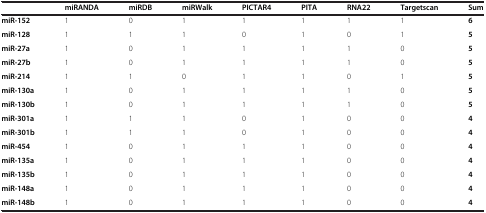
<table><thead><tr><td><b> </b></td><td><b>miRANDA</b></td><td><b>miRDB</b></td><td><b>miRWalk</b></td><td><b>PICTAR4</b></td><td><b>PITA</b></td><td><b>RNA22</b></td><td><b>Targetscan</b></td><td><b>Sum</b></td></tr></thead><tbody><tr><td><b>miR-152</b></td><td>1</td><td>0</td><td>1</td><td>1</td><td>1</td><td>1</td><td>1</td><td><b>6</b></td></tr><tr><td><b>miR-128</b></td><td>1</td><td>1</td><td>1</td><td>0</td><td>1</td><td>0</td><td>1</td><td><b>5</b></td></tr><tr><td><b>miR-27a</b></td><td>1</td><td>0</td><td>1</td><td>1</td><td>1</td><td>1</td><td>0</td><td><b>5</b></td></tr><tr><td><b>miR-27b</b></td><td>1</td><td>0</td><td>1</td><td>1</td><td>1</td><td>1</td><td>0</td><td><b>5</b></td></tr><tr><td><b>miR-214</b></td><td>1</td><td>1</td><td>0</td><td>1</td><td>1</td><td>0</td><td>1</td><td><b>5</b></td></tr><tr><td><b>miR-130a</b></td><td>1</td><td>0</td><td>1</td><td>1</td><td>1</td><td>1</td><td>0</td><td><b>5</b></td></tr><tr><td><b>miR-130b</b></td><td>1</td><td>0</td><td>1</td><td>1</td><td>1</td><td>1</td><td>0</td><td><b>5</b></td></tr><tr><td><b>miR-301a</b></td><td>1</td><td>1</td><td>1</td><td>0</td><td>1</td><td>0</td><td>0</td><td><b>4</b></td></tr><tr><td><b>miR-301b</b></td><td>1</td><td>1</td><td>1</td><td>0</td><td>1</td><td>0</td><td>0</td><td><b>4</b></td></tr><tr><td><b>miR-454</b></td><td>1</td><td>0</td><td>1</td><td>1</td><td>1</td><td>0</td><td>0</td><td><b>4</b></td></tr><tr><td><b>miR-135a</b></td><td>1</td><td>0</td><td>1</td><td>1</td><td>1</td><td>0</td><td>0</td><td><b>4</b></td></tr><tr><td><b>miR-135b</b></td><td>1</td><td>0</td><td>1</td><td>1</td><td>1</td><td>0</td><td>0</td><td><b>4</b></td></tr><tr><td><b>miR-148a</b></td><td>1</td><td>0</td><td>1</td><td>1</td><td>1</td><td>0</td><td>0</td><td><b>4</b></td></tr><tr><td><b>miR-148b</b></td><td>1</td><td>0</td><td>1</td><td>1</td><td>1</td><td>0</td><td>0</td><td><b>4</b></td></tr></tbody></table>